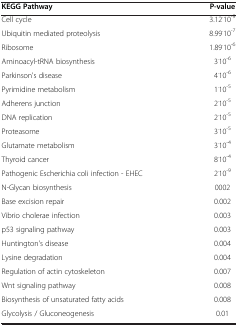
<table><thead><tr><td><b>KEGG Pathway</b></td><td><b>P-value</b></td></tr></thead><tbody><tr><td>Cell cycle</td><td>3.12<sup>.</sup>10<sup>-9</sup></td></tr><tr><td>Ubiquitin mediated proteolysis</td><td>8.99<sup>.</sup>10<sup>-7</sup></td></tr><tr><td>Ribosome</td><td>1.89<sup>.</sup>10<sup>-6</sup></td></tr><tr><td>Aminoacyl-tRNA biosynthesis</td><td>3<sup>.</sup>10<sup>-6</sup></td></tr><tr><td>Parkinson&#x27;s disease</td><td>4<sup>.</sup>10<sup>-6</sup></td></tr><tr><td>Pyrimidine metabolism</td><td>1<sup>.</sup>10<sup>-5</sup></td></tr><tr><td>Adherens junction</td><td>2<sup>.</sup>10<sup>-5</sup></td></tr><tr><td>DNA replication</td><td>2<sup>.</sup>10<sup>-5</sup></td></tr><tr><td>Proteasome</td><td>3<sup>.</sup>10<sup>-5</sup></td></tr><tr><td>Glutamate metabolism</td><td>3<sup>.</sup>10<sup>-4</sup></td></tr><tr><td>Thyroid cancer</td><td>8<sup>.</sup>10<sup>-4</sup></td></tr><tr><td>Pathogenic Escherichia coli infection - EHEC</td><td>2<sup>.</sup>10<sup>-9</sup></td></tr><tr><td>N-Glycan biosynthesis</td><td>0002</td></tr><tr><td>Base excision repair</td><td>0.002</td></tr><tr><td>Vibrio cholerae infection</td><td>0.003</td></tr><tr><td>p53 signaling pathway</td><td>0.003</td></tr><tr><td>Huntington&#x27;s disease</td><td>0.004</td></tr><tr><td>Lysine degradation</td><td>0.004</td></tr><tr><td>Regulation of actin cytoskeleton</td><td>0.007</td></tr><tr><td>Wnt signaling pathway</td><td>0.008</td></tr><tr><td>Biosynthesis of unsaturated fatty acids</td><td>0.008</td></tr><tr><td>Glycolysis / Gluconeogenesis</td><td>0.01</td></tr></tbody></table>